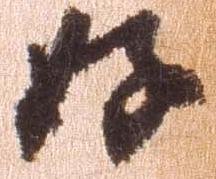
好